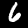
Digit: 6